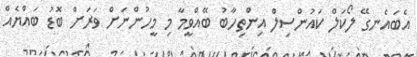
އެބައެނގޭ ލޯކަލް ކައުންސިލް އިންތިހާބު ބޭއްވީމާ މި މީހުންނަށް ވަރަށް ބޮޑު ބައްޔެއް